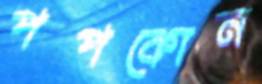
পপকোন